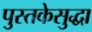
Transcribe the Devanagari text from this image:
पुस्तकेसुद्धा